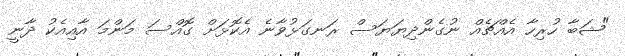
"ޝަބާ ހުރިހާ އެއްޗެއް ނުގެންދިޔަޔަސް ރަނގަޅުވާނެ އެކޮޅަށް ގޮއްސަ މަންމަ އާއިއެކު ދާނީ